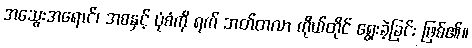
အသွေးအရောင်၊ အစနှင့် ပုံစံကို ရက် ဘတ်တလာ ကိုယ်တိုင် ရွေးခဲ့ခြင်း ဖြစ်၏။